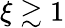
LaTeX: \xi\gtrsim 1